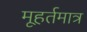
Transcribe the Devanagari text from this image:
मूहर्तमात्र